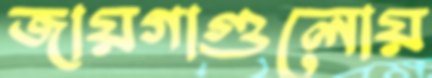
জায়গাগুলোয়